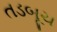
તડબૂચ